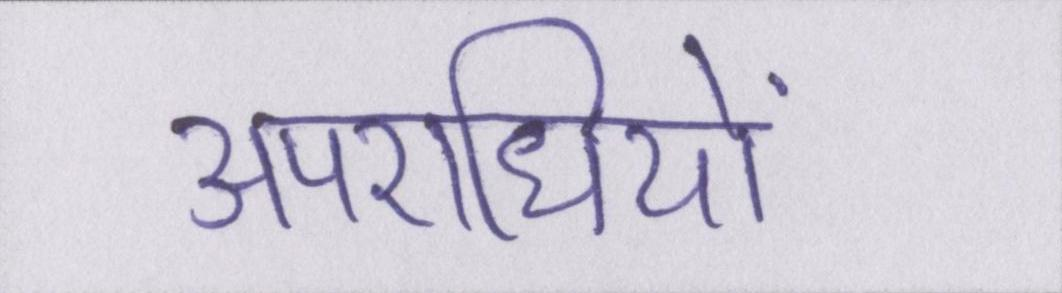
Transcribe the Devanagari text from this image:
अपराधियों